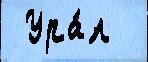
 Ура́л